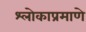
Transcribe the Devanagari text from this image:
श्लोकाप्रमाणे